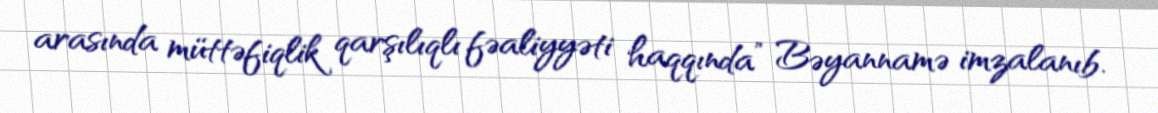
arasında müttəfiqlik qarşılıqlı fəaliyyəti haqqında” Bəyannamə imzalanıb.